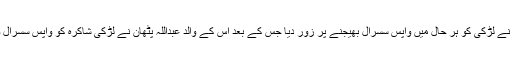
لیکن قبائلی جرگہ والوں نے لڑکی کو ہر حال میں واپس سسرال بھیجنے پر زور دیا جس کے بعد اس کے والد عبداللہ پٹھان نے لڑکی شاکرہ کو واپس سسرال والوں کے حوالے کردیا۔